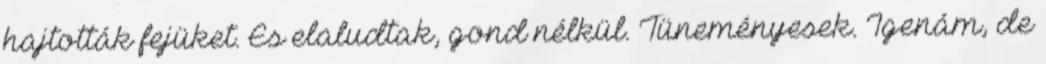
hajtották fejüket. És elaludtak, gond nélkül. Tüneményesek. Igenám, de